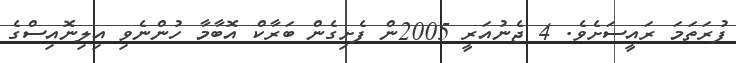
ފުރަތަމަ ރައީސަށެވެ. 4 ޖެނުއަރީ 2005ން ފެށިގެން ބަރާކް އޮބާމާ ހުންނެވި އިލިނޮއިސްގެ